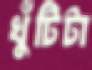
খুঁটিটা